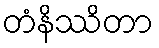
တံနိဿိတာ